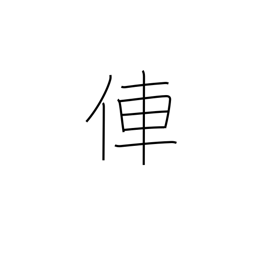
Meaning: rickshaw